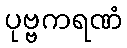
ပုဗ္ဗကရဏံ